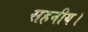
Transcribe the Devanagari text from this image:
सहनीय।